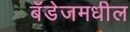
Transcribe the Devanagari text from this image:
बँडेजमधील